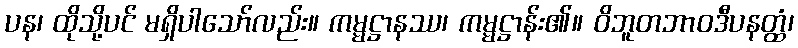
ပန၊ ထိုသို့ပင် မရှိပါသော်လည်း။ ကမ္မဋ္ဌာနဿ၊ ကမ္မဋ္ဌာန်း၏။ ဝိဘူတဘာဝဒီပနတ္ထံ၊